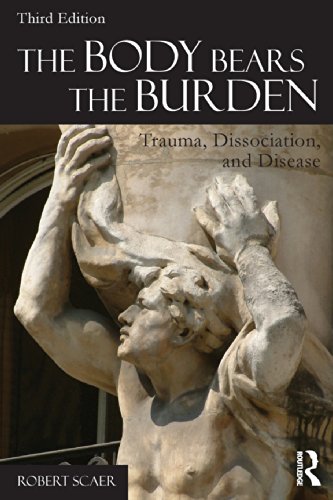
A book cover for The Body Bears the Burden: Trauma, Dissociation, and Disease; Robert Scaer; Medical Books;